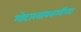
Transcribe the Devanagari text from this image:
मोटारसायकलींच्या